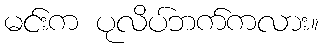
မင်းက ပုလိပ်ဘက်ကလား။